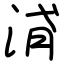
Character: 浳